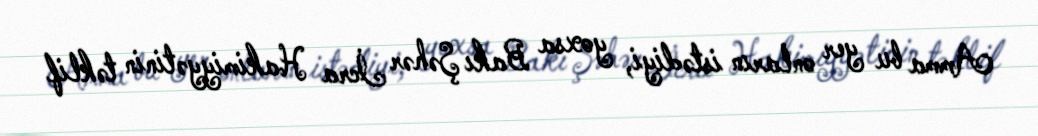
Amma bu yer onların istədiyi, yoxsa Bakı Şəhər İcra Hakimiyyətinin təklif